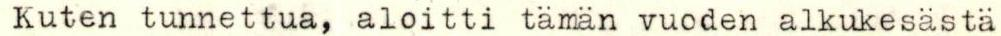
Kuten tunnettua, aloitti tämän vuoden alkukesästä